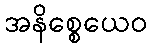
အနိစ္စေယေဝ